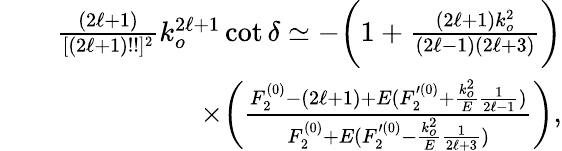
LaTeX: \begin{array}{rlr}&{}&{\frac{(2\ell+1)}{[(2\ell+1)!!]^{2}}k_{o}^{2\ell+1}\cot\delta\simeq-\bigg(1+\frac{(2\ell+1)k_{o}^{2}}{(2\ell-1)(2\ell+3)}\bigg)}\\ &{}&{\times\bigg(\frac{F_{2}^{(0)}-(2\ell+1)+E(F_{2}^{\prime(0)}+\frac{k_{o}^{2}}{E}\frac{1}{2\ell-1})}{F_{2}^{(0)}+E(F_{2}^{\prime(0)}-\frac{k_{o}^{2}}{E}\frac{1}{2\ell+3})}\bigg),}\end{array}